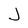
Character: J